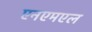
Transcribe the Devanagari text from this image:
एनएमएल